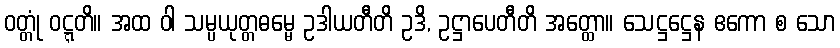
ဝတ္တုံ ဝဋ္ဋတိ။ အထ ဝါ သမ္ပယုတ္တဓမ္မေ ဥဒါယတီတိ ဥဒိ, ဥဋ္ဌာပေတီတိ အတ္ထော။ သေဋ္ဌဋ္ဌေန ဧကော စ သော